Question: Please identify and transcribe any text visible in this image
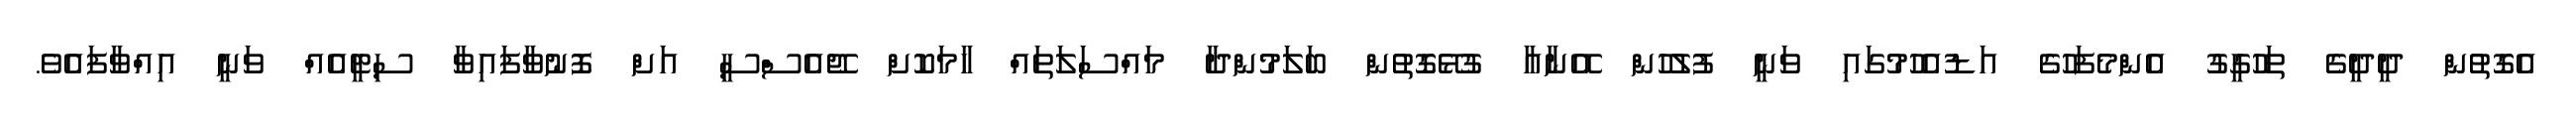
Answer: އެގޮތުން ދީދީގެ ތަހުގީގު އެންމެފަހުގެ އަޑުއެހުމުގައި ވަނީ ފުލުހުން އޭނާއާ ގުޅޭގޮތުން ބަލަމުންދާ މައްސަލަތައް ހާމަކޮށް ޖޭއެސްސީ އަށް ފޮނުވާފައިވާ ސިޓީއެއް ވަނީ އިއްވާފައެވެ.